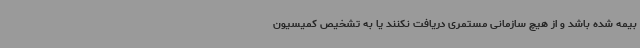
بیمه شده باشد و از هیچ سازمانی مستمری دریافت نکنند یا به تشخیص کمیسیون